Paatsalu_vallavalitsus, lk 43
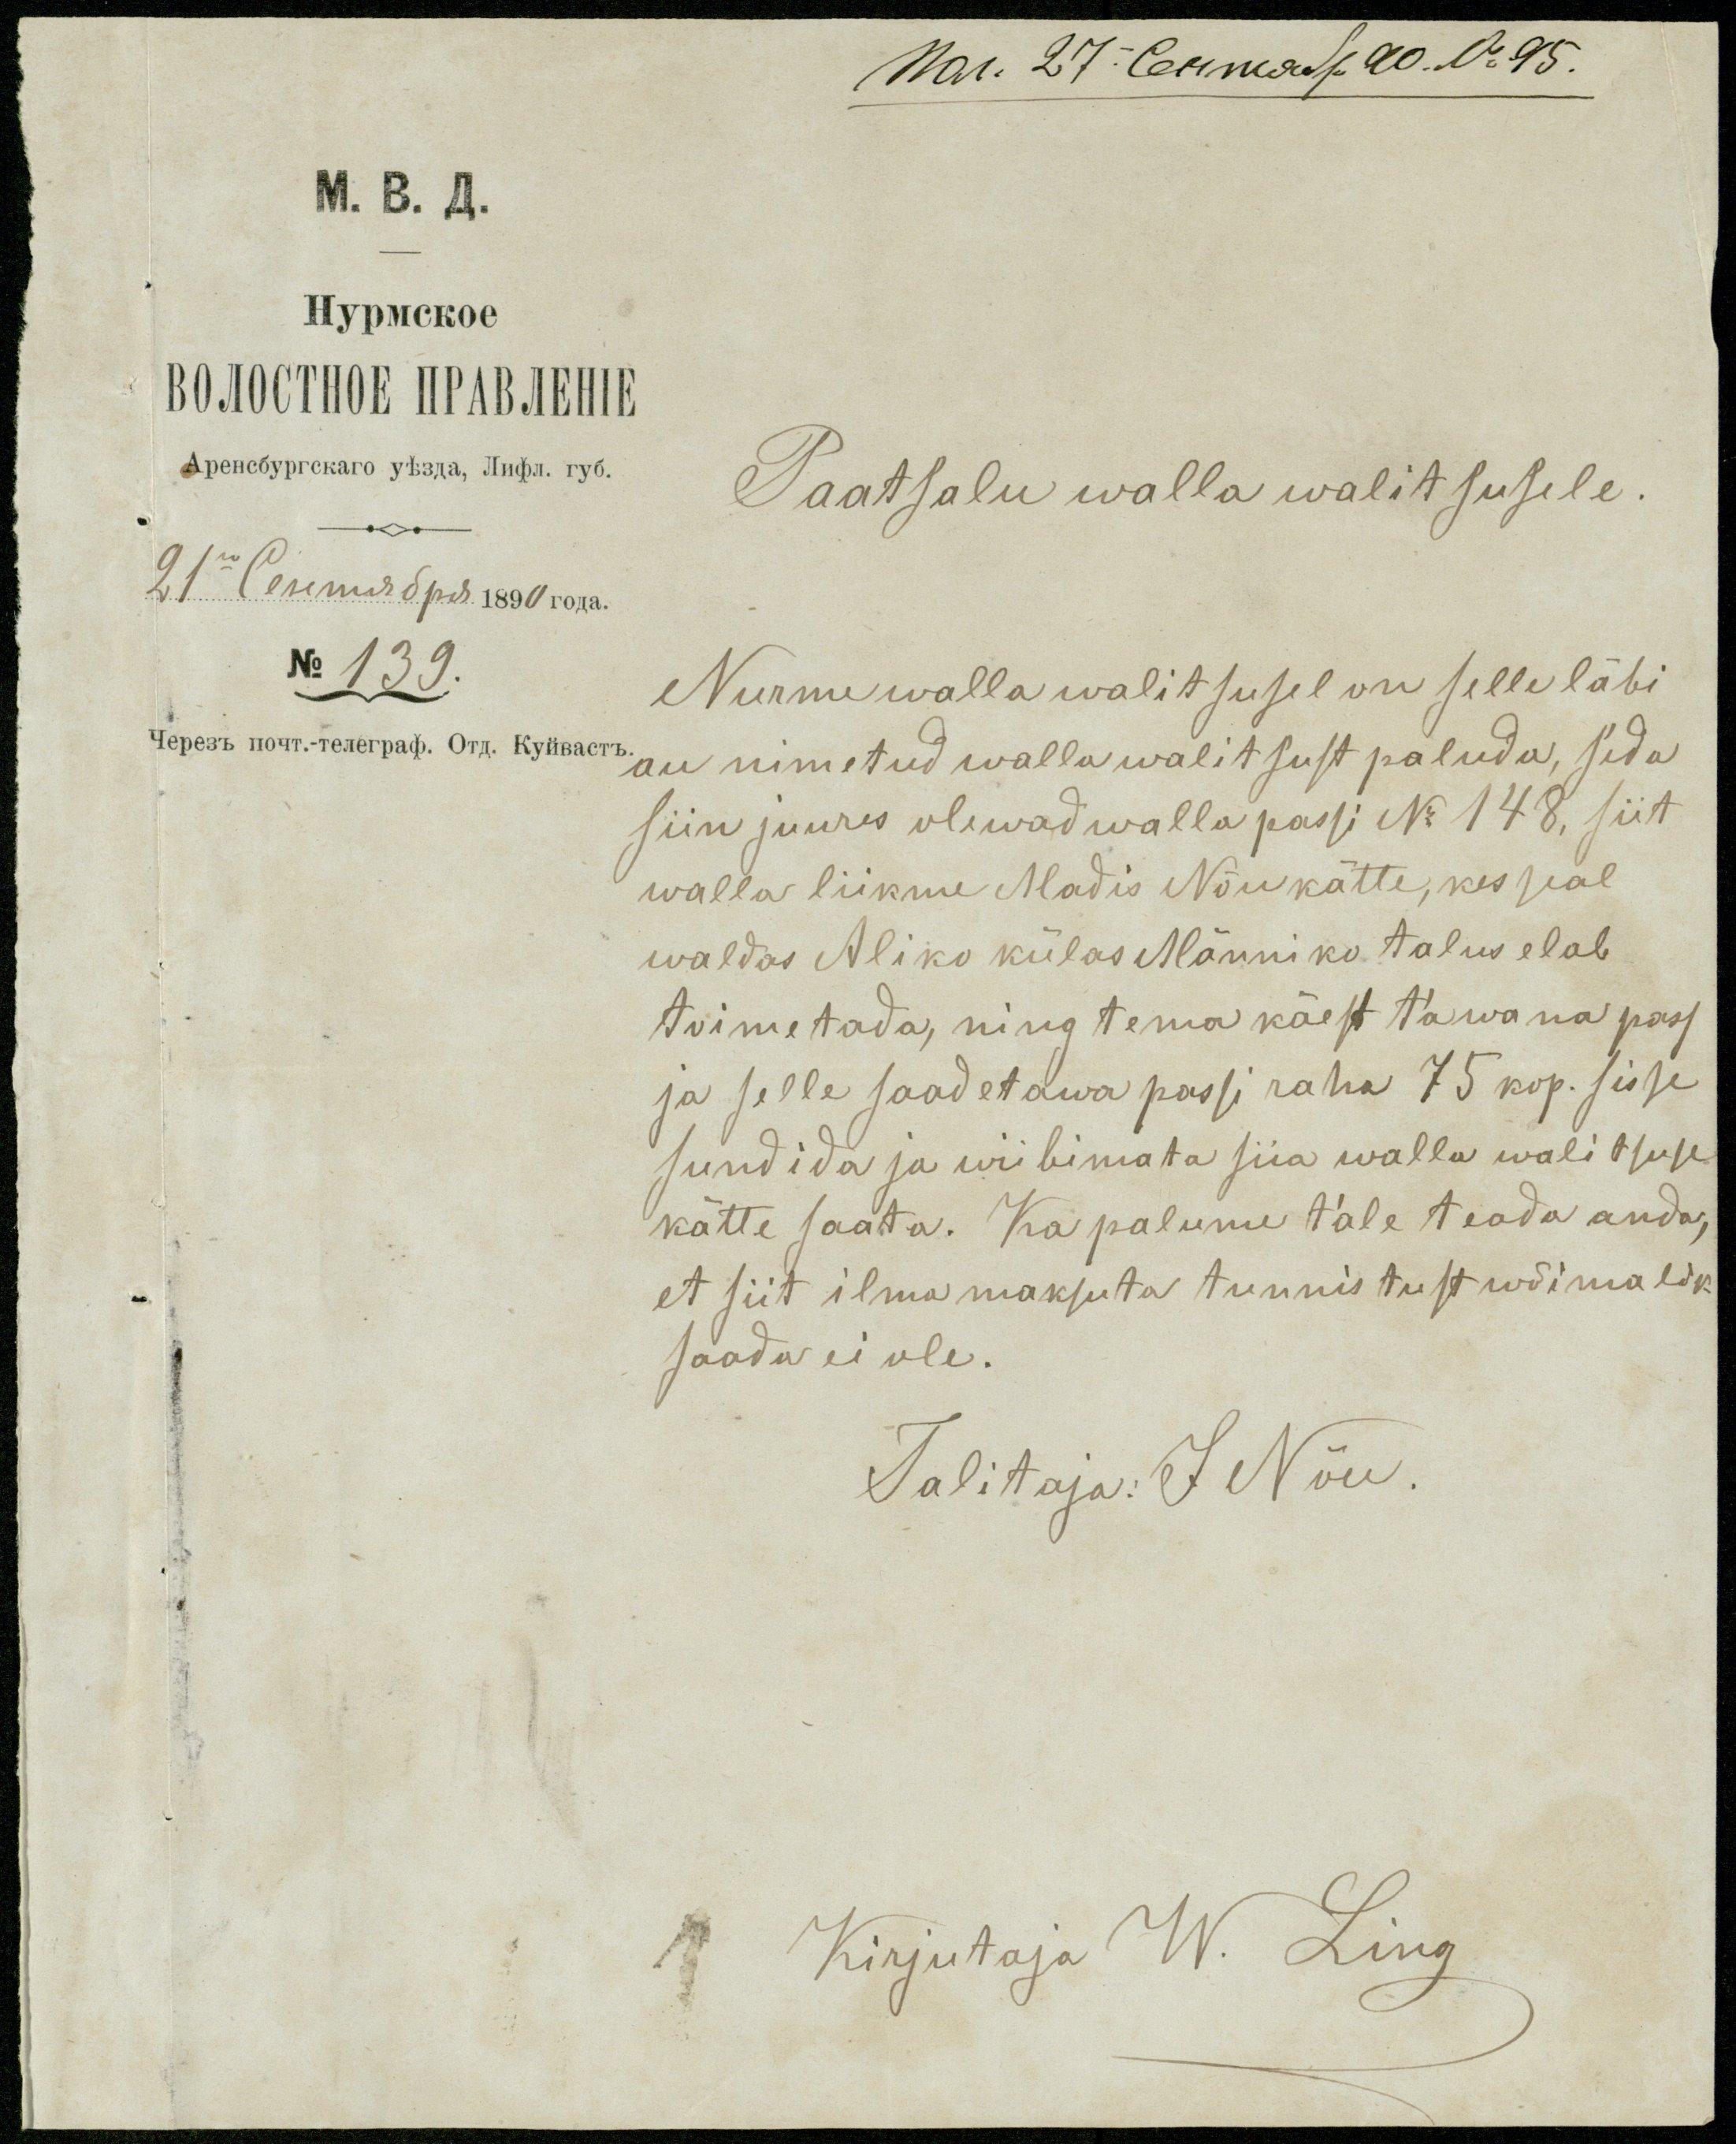
Paatsalu walla walitsusele.
No 139.
Nurme walla walitsusel on selle läbi
au nimetud wallawalitsust paluda, seda
siin juures olewad walla passi No 148, siit
walla liikme Madis Nõu kätte, kes seal
waldas Aliko külas Männiko talus elab
toimetada, ning tema käest ta wana pass
ja selle saadetawa passi raha 75 kop. sisse
sundida ja wiibimata siia walla walitsuse
kätte saata. Ka palume tale teada anda,
et siit ilma maksuta tunnistust wõimalik-
saada ei ole.
Talitaja: J Nõu.
Kirjutaja W. Ling